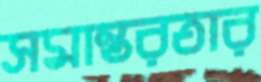
সমান্তরতার